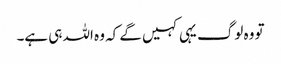
تو وہ لوگ یہی کہیں گے کہ وہ اللہ ہی ہے۔